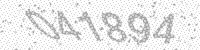
Solution: 041894